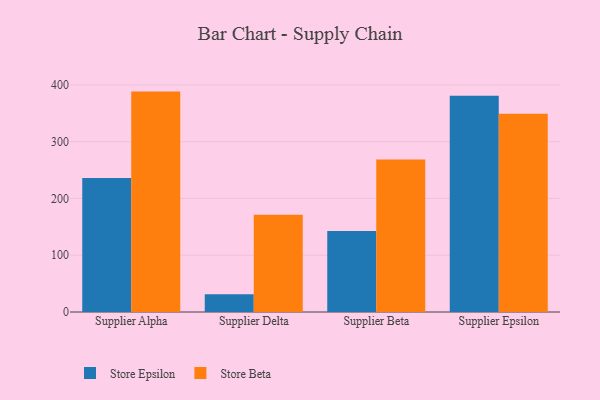
{"axis": {"x": "Supplier", "y": "Energy Usage (MWh)"}, "legend": ["Store Beta", "Store Epsilon"], "data": [{"x": "Supplier Alpha", "y": 236.1, "type": "Store Epsilon"}, {"x": "Supplier Alpha", "y": 388.2, "type": "Store Beta"}, {"x": "Supplier Delta", "y": 31.1, "type": "Store Epsilon"}, {"x": "Supplier Delta", "y": 171.3, "type": "Store Beta"}, {"x": "Supplier Beta", "y": 142.5, "type": "Store Epsilon"}, {"x": "Supplier Beta", "y": 268.4, "type": "Store Beta"}, {"x": "Supplier Epsilon", "y": 380.8, "type": "Store Epsilon"}, {"x": "Supplier Epsilon", "y": 349.0, "type": "Store Beta"}]}